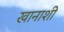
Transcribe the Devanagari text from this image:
खानाशी